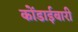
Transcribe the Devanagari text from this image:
कोंडाईबारी